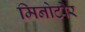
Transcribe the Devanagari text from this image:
मिनोटोर